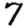
Digit: 7